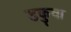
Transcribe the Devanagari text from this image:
डकुवा